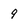
Character: 9